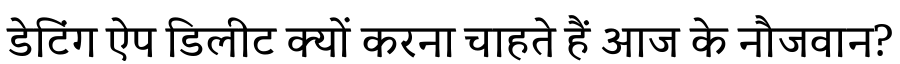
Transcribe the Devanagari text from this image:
डेटिंग ऐप डिलीट क्यों करना चाहते हैं आज के नौजवान?